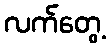
လက်တွေ့